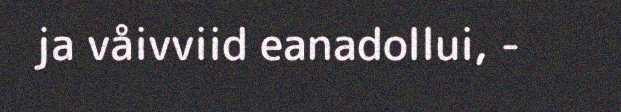
ja våivviid eanadollui, -